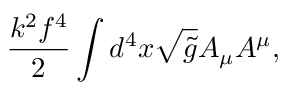
\frac { k ^ { 2 } f ^ { 4 } } { 2 } \int d ^ { 4 } x \sqrt { \tilde { g } } A _ { \mu } A ^ { \mu } ,